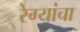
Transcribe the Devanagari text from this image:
रेग्यांचा